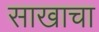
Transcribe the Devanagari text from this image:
साखाचा